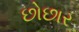
છોછાર